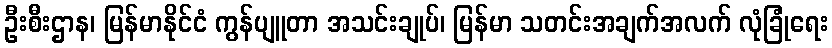
ဦးစီးဌာန၊ မြန်မာနိုင်ငံ ကွန်ပျူတာ အသင်းချုပ်၊ မြန်မာ သတင်းအချက်အလက် လုံခြုံရေး